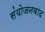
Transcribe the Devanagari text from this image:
संयोजनवाद